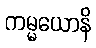
ကမ္မယောနိ